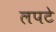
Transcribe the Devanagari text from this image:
लपटे